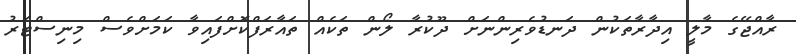
ރާއްޖޭގެ މާލީ އިދާރާތަކުން ދަނޑުވެރިންނަށް ދޫކުރާ ލޯން ތަކެއް ތައާރަފްކޮށްފައިވާ ކަމަށްވެސް މިނިސްޓަރު